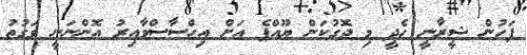
ފަހުން ޝީރާނީ ހެދީ މި ދޮގުކަން ޔޫއްޕެ އަށް އިހްސާސްވާއިރު އޮންނަނީ ވަގުތު